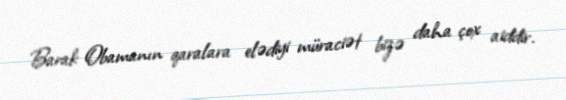
Barak Obamanın qaralara elədiyi müraciət bizə daha çox aiddir.